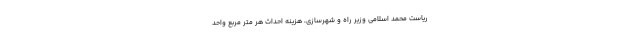
ریاست محمد اسلامی وزیر راه و شهرسازی، هزینه احداث هر متر مربع واحد